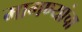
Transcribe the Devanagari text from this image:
मागण्यांचा